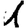
Digit: 1